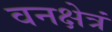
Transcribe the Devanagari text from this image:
वनक्षेत्रं